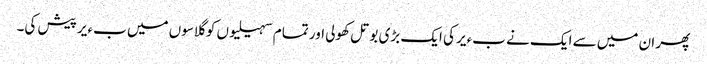
پھر ان میں سے ایک نے بءیر کی ایک بڑی بوتل کھولی اور تمام سہیلیوں کو گلاسوں میں بءیر پیش کی۔